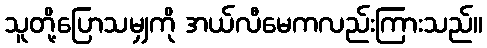
သူတို့ပြောသမျှကို အယ်လီမေကလည်းကြားသည်။